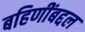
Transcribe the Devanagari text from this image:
बहिणींबद्दल